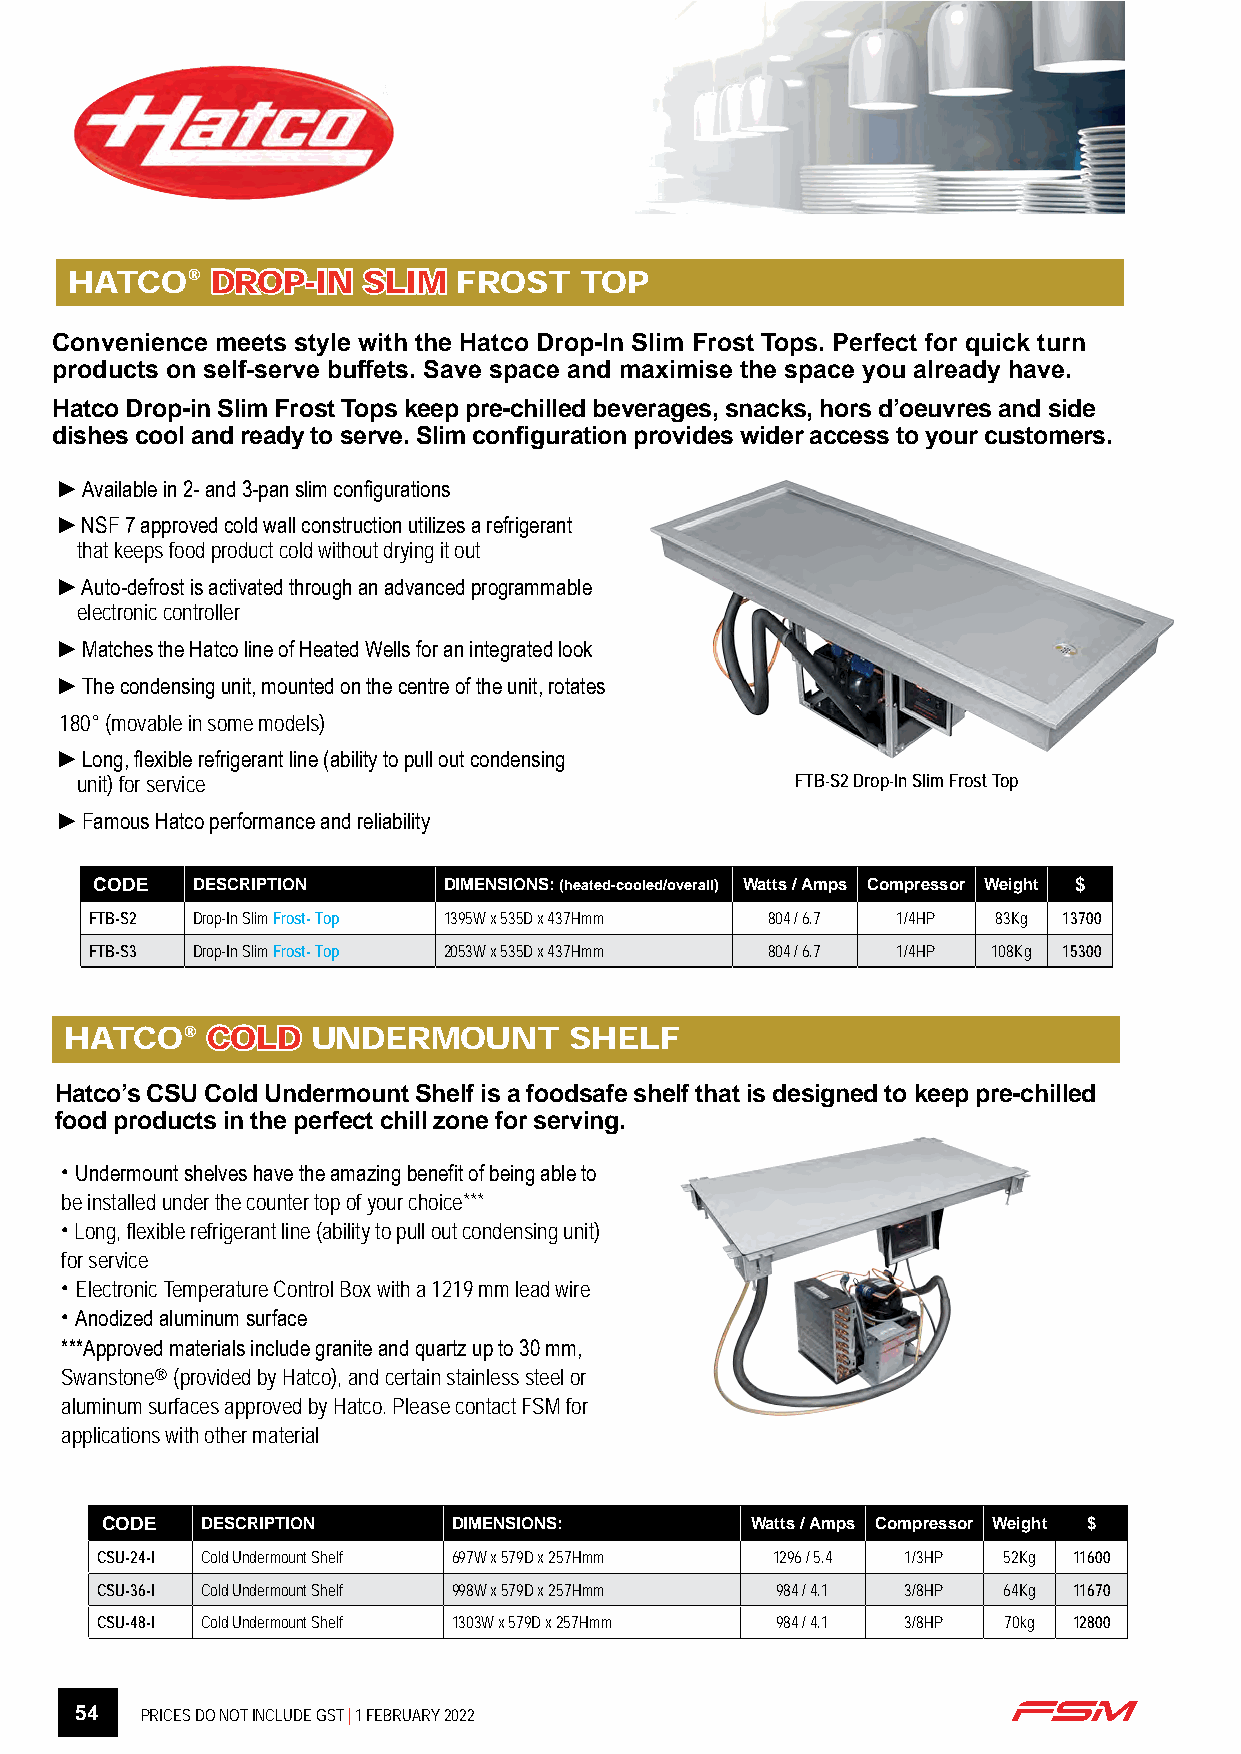
HATCO®   DDRROOPP--IINN SSLLIIMM FROST TOP
 Convenience meets style with the Hatco Drop-In Slim Frost Tops. Perfect for quick turn
 products on self-serve buffets. Save space and maximise the space you already have.
 Hatco Drop-in Slim Frost Tops keep pre-chilled beverages, snacks, hors d’oeuvres and side
 dishes cool and ready to serve. Slim configuration provides wider access to your customers.
 ►Available in 2- and 3-pan slim configurations
 ►NSF 7 approved cold wall construction utilizes a refrigerant
 that keeps food product cold without drying it out
 ►Auto-defrost is activated through an advanced programmable
 electronic controller
 ►Matches the Hatco line of Heated Wells for an integrated look
 ►The condensing unit, mounted on the centre of the unit, rotates
 180° (movable in some models)
 ►Long, flexible refrigerant line (ability to pull out condensing
 unit) for service                               FTB-S2 Drop-In Slim Frost Top
 ►Famous Hatco performance and reliability
 CODE   DESCRIPTION     DIMENSIONS: (heated-cooled/overall) Watts / Amps Compressor Weight $
 FTB-S2 Drop-In Slim Frost- Top 1395W x 535D x 437Hmm 804 / 6.7 1/4HP 83Kg 13700
 FTB-S3 Drop-In Slim Frost- Top 2053W x 535D x 437Hmm 804 / 6.7 1/4HP 108Kg 15300
 HATCO®    CCOOLLDD UNDERMOUNT     SHELF
 Hatco’s CSU Cold Undermount Shelf is a foodsafe shelf that is designed to keep pre-chilled
 food products in the perfect chill zone for serving.
 • Undermount shelves have the amazing benefit of being able to
 be installed under the counter top of your choice***
 • Long, flexible refrigerant line (ability to pull out condensing unit)
 for service
 • Electronic Temperature Control Box with a 1219 mm lead wire
 • Anodized aluminum surface
 ***Approved materials include granite and quartz up to 30 mm,
 Swanstone® (provided by Hatco), and certain stainless steel or
 aluminum surfaces approved by Hatco. Please contact FSM for
 applications with other material
 CODE  DESCRIPTION      DIMENSIONS:         Watts / Amps Compressor Weight $
 CSU-24-I Cold Undermount Shelf 697W x 579D x 257Hmm 1296 / 5.4 1/3HP 52Kg 11600
 CSU-36-I Cold Undermount Shelf 998W x 579D x 257Hmm 984 / 4.1 3/8HP 64Kg 11670
 CSU-48-I Cold Undermount Shelf 1303W x 579D x 257Hmm 984 / 4.1 3/8HP 70kg 12800
 54  PRICES DO NOT INCLUDE GST | 1 FEBRUARY 2022